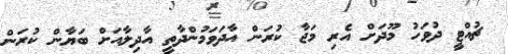
ޗުއްޓީ ދުވަހު މޫދަށް އެރި މަޖާ ކުރަން އާދަވަމުންދާތީ އާދިލާއަށް ބަޔާން ކުރަން